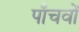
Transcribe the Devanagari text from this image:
पाँचवों